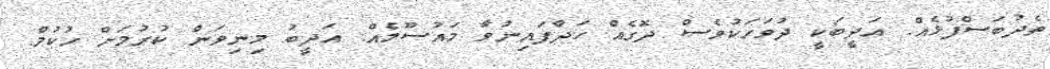
ތެދުބަސްފުޅެއް. އަދީބަކީ ދުވަހަކުވެސް ދޮގެއް ހަދާފައިނުވާ މައުސޫމެއް. އަދީބު މިނިވަން ކުރުމަށް ހުކުމް.